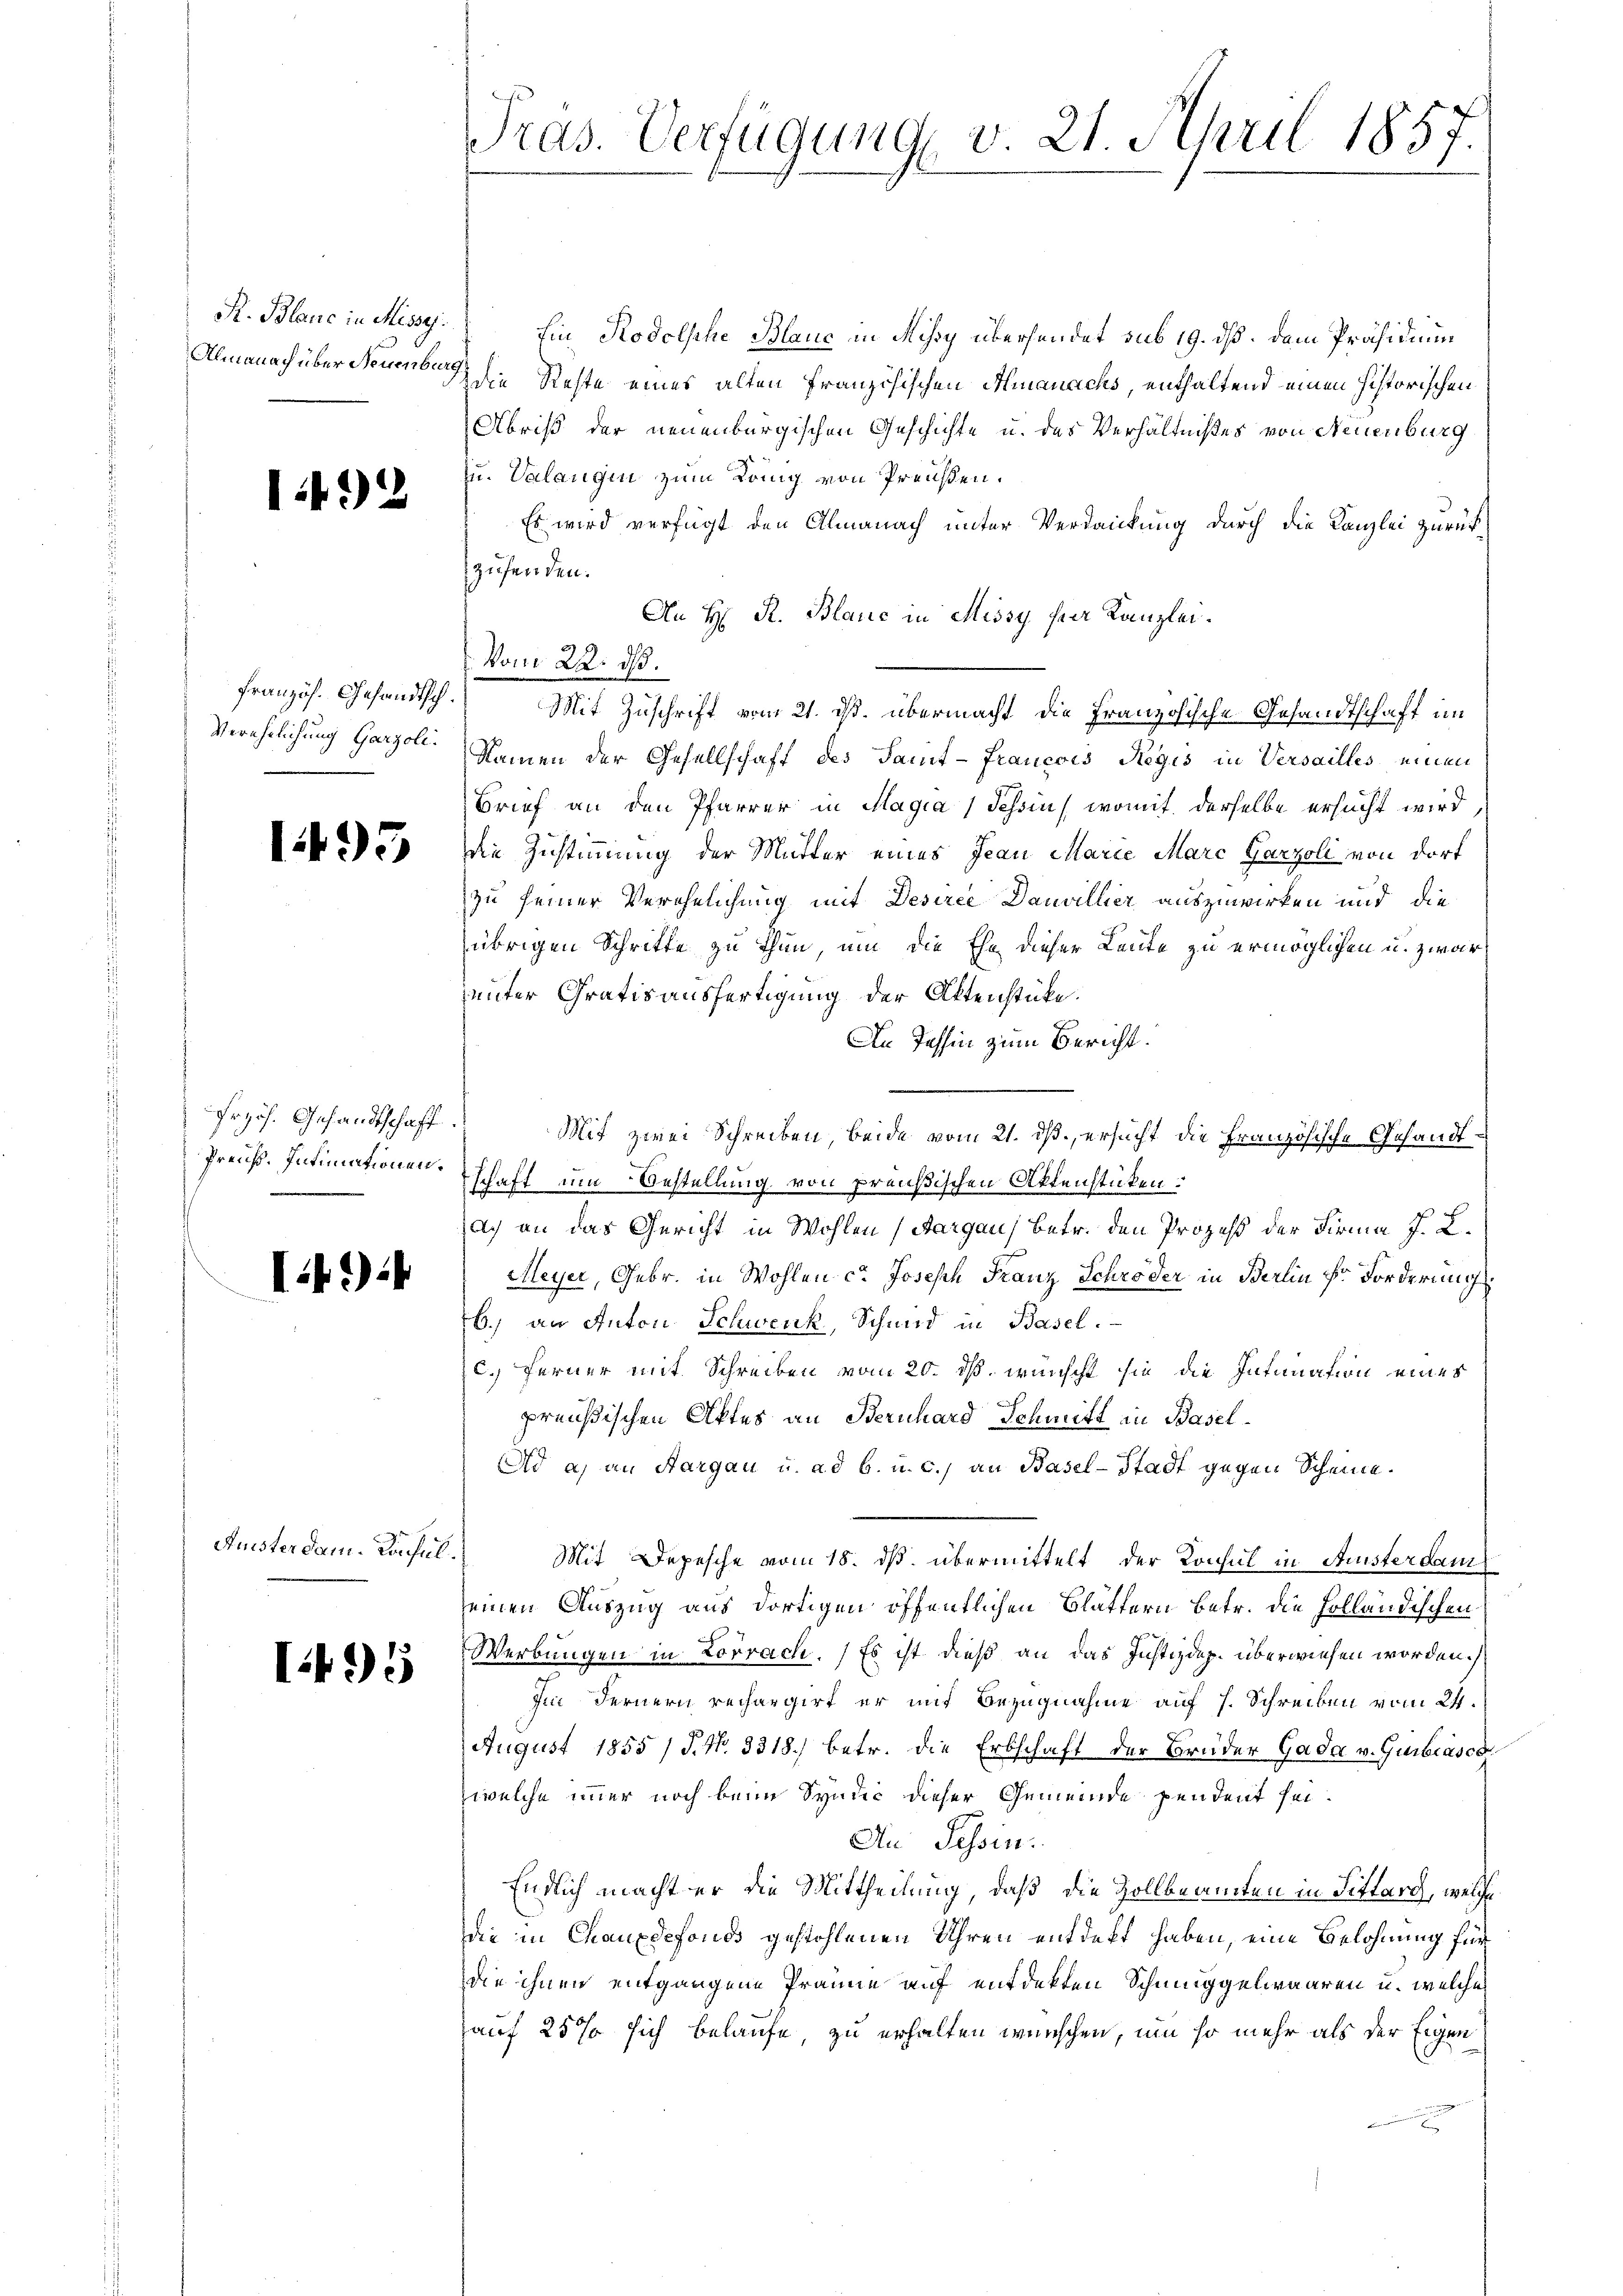
S. Blanc in Misse.
Almanach über Neuenburg

1492

Französ. Gesandtsch.
Verehelichung Garzoli.

1493

Frzös. Gesandtschaft.

)

Aussterdam. Konsul

I495

Pras. Verfügung v. 21. April 1857.

Ein Rodolsche Blaue in Missy übersendet sub 19. dß. dem Präsidium
die Reste eines alten Französischen Minanachs, enthaltend einen historischen
Abris der neuenburgischen Geschichte u. des Verhältnißes von Neuenburg
zu. Valangen zum König von Preußen.
Es wird verfügt den Almanach unter Verdankung durch die Kanzlei zurückzusenden.
An H. R. Blanc in Missy herr Kanzlei.
Mit Zuschrift vom 21. ds. übermacht die Französische Gesandtschaft im
Namen der Gesellschaft des Samt-Francois Regis in Versailles einen
Brief an den Pfarrer in Magia (Tessin, womit derselbe ersucht wird,
die Zustimmig der Mutter eines Jean Marie Marc Garzoli von dort
zu seiner Verehelichung mit Desirie Dauvillier auszuwirken und die
übrigen Schritte zu thun, um die Ehe dieser Leute zu ermöglichen u. zwar
unter Gratis ausfertigung der Aktenstücke.
In Tessin zum Bericht.
Mit zwei Schreiben, beide vom 21. ds. ersucht die Französische Gesandt¬
Preuß. Intimationenschaft um Bestellung von preußischen Aktenstücken:
ach an das Gericht in Wohlen (Aargau, betr. den Prozeß der Firma J. L.
Meyer, Gebr. in Wohlen ca. Joseph Franz Schröder, in Berlin fr. Forderung
b.) an Anton Schwenk, Schmid in Basel.
c. Ferner mit Schreiben vom 20. ds. wünscht sie die Intimation eines
preußischen Aktes an Bernhard Schmitt in Basel¬
Ad a) an Aargau u. ad b. u. c.) an Basel-Stadt gegen Scheine.
Mit Depesche vom 18. ds. übermittelt der Konsul in Arister dam
seinen Auszug aus dortigen öffentlichen Blättern betr. die Holländischen
Werkungen in Lörrach. Es ist dieß an das Justizdep. überwiesen worden.
Im Fernern rechargirt er mit Bezugnahme auf s. Schreiben vom 24.
August 1855 / P. Nr. 3318.) betr. die Erbschaft der Brüder Gada u. Gubiasco
welche immer noch beim Syndić dieser Gemeinde pendent sei¬
An Tessin.
Endlich macht er die Mittheilung, daß die Zollbeamten in Siftard, welche
die in Chauxdefonds gestohlenen Uhren entdekt haben, eine Belohnung für
die ihnen entgangene Prämie auf entdekten Schninggelwaaren u. welche
auf 25% sich belaufe zu erhalten wünschen, um so mehr als der Eigen
e

Vom 22. ds.